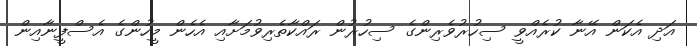
އަދި އެކަން އޭނާ ކުރެއްވީ ސިހުރުވެރިންގެ ސިހުރުން ރައްކާތެރިވުމަށާއި އެހެން މީހުންގެ އެސްފީނާއިން